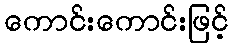
ကောင်းကောင်းဖြင့်